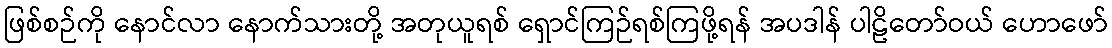
ဖြစ်စဉ်ကို နောင်လာ နောက်သားတို့ အတုယူရစ် ရှောင်ကြဉ်ရစ်ကြဖို့ရန် အပဒါန် ပါဠိတော်ဝယ် ဟောဖော်